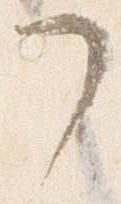
了